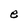
Character: e